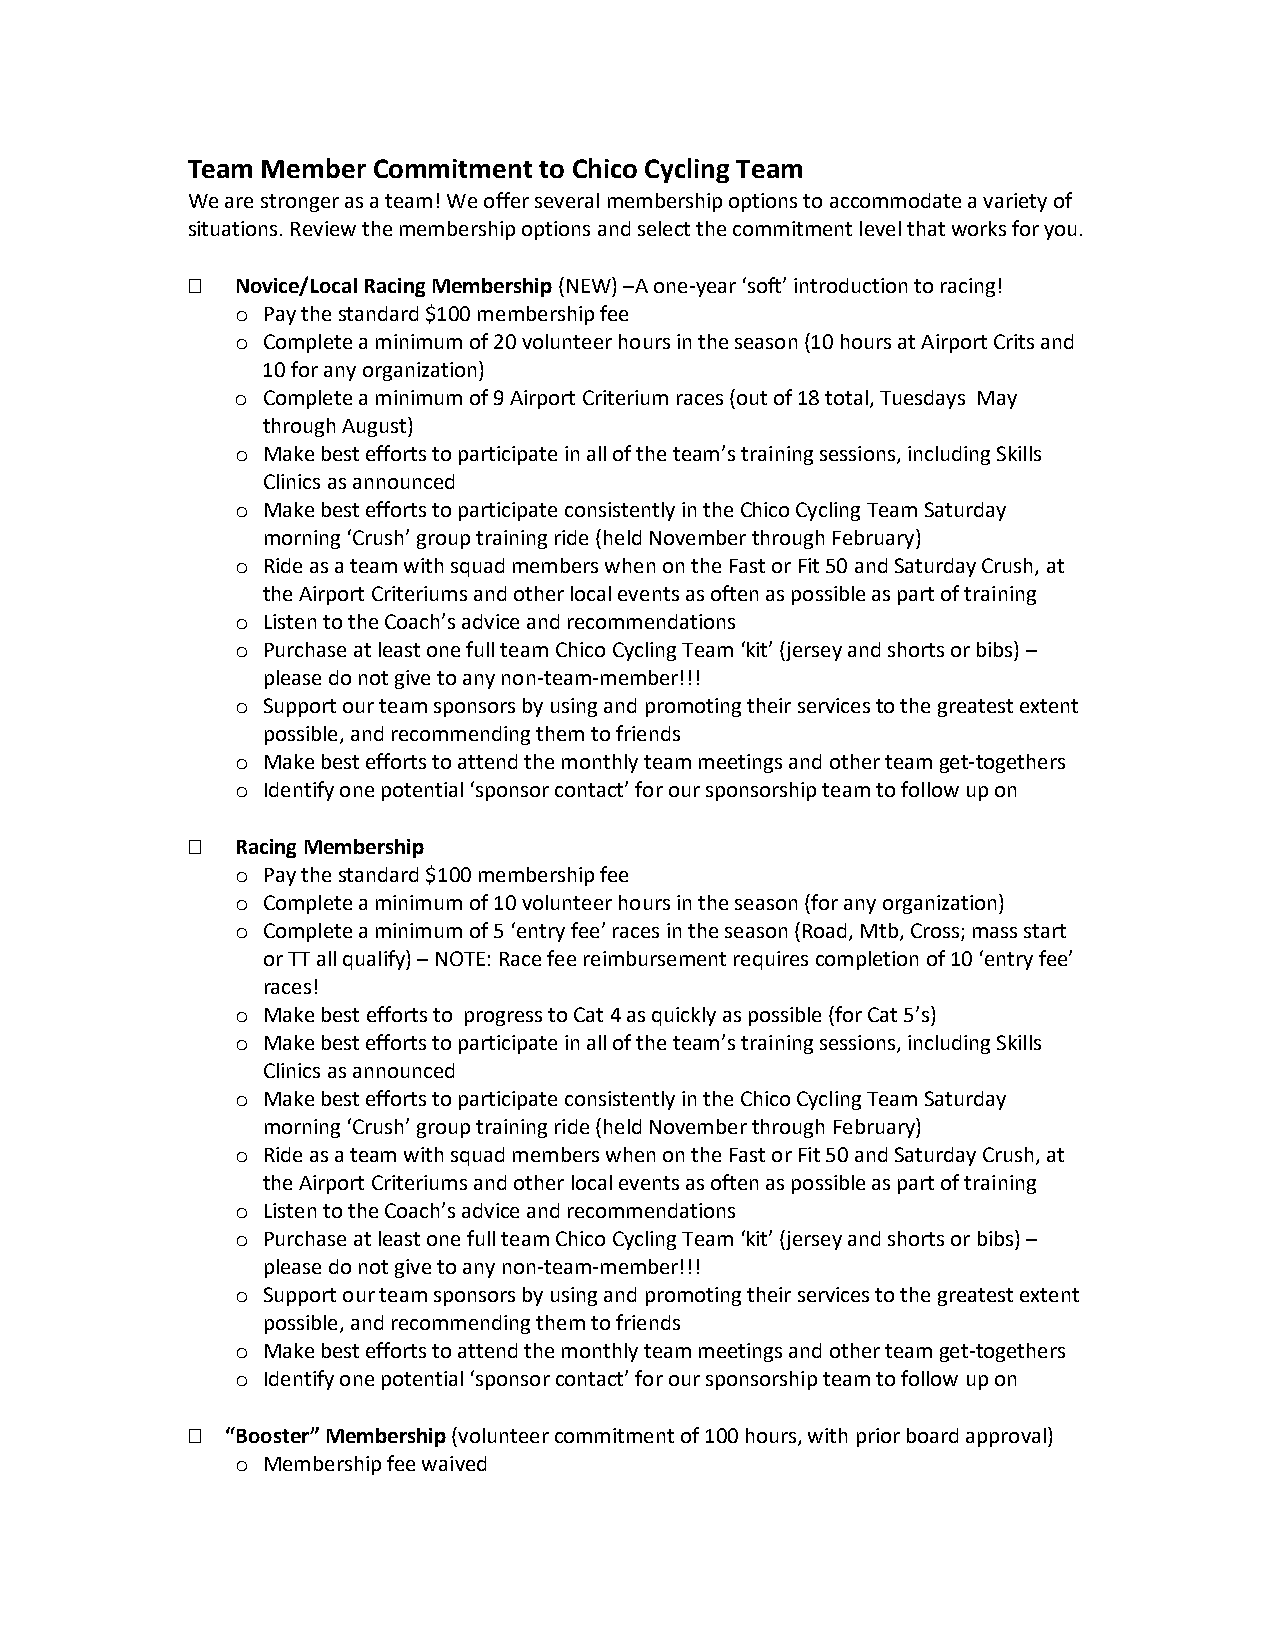
Team Member  Commitment to Chico Cycling Team
 We are stronger as a team! We offer several membership options to accommodate a variety of
 situations. Review the membership options and select the commitment level that works for you.
    Novice/Local Racing Membership (NEW) –A one-year ‘soft’ introduction to racing!
 Pay the standard $100 membership fee
 o
 Complete a minimum of 20 volunteer hours in the season (10 hours at Airport Crits and
 o
 10 for any organization)
 Complete a minimum of 9 Airport Criterium races (out of 18 total, Tuesdays May
 o
 through August)
 Make best efforts to participate in all of the team’s training sessions, including Skills
 o
 Clinics as announced
 Make best efforts to participate consistently in the Chico Cycling Team Saturday
 o
 morning ‘Crush’ group training ride (held November through February)
 Ride as a team with squad members when on the Fast or Fit 50 and Saturday Crush, at
 o
 the Airport Criteriums and other local events as often as possible as part of training
 Listen to the Coach’s advice and recommendations
 o
 Purchase at least one full team Chico Cycling Team ‘kit’ (jersey and shorts or bibs) –
 o
 please do not give to any non-team-member!!!
 Support our team sponsors by using and promoting their services to the greatest extent
 o
 possible, and recommending them to friends
 Make best efforts to attend the monthly team meetings and other team get-togethers
 o
 Identify one potential ‘sponsor contact’ for our sponsorship team to follow up on
 o
    Racing Membership
 Pay the standard $100 membership fee
 o
 Complete a minimum of 10 volunteer hours in the season (for any organization)
 o
 Complete a minimum of 5 ‘entry fee’ races in the season (Road, Mtb, Cross; mass start
 o
 or TT all qualify) – NOTE: Race fee reimbursement requires completion of 10 ‘entry fee’
 races!
 Make best efforts to progress to Cat 4 as quickly as possible (for Cat 5’s)
 o
 Make best efforts to participate in all of the team’s training sessions, including Skills
 o
 Clinics as announced
 Make best efforts to participate consistently in the Chico Cycling Team Saturday
 o
 morning ‘Crush’ group training ride (held November through February)
 Ride as a team with squad members when on the Fast or Fit 50 and Saturday Crush, at
 o
 the Airport Criteriums and other local events as often as possible as part of training
 Listen to the Coach’s advice and recommendations
 o
 Purchase at least one full team Chico Cycling Team ‘kit’ (jersey and shorts or bibs) –
 o
 please do not give to any non-team-member!!!
 Support our team sponsors by using and promoting their services to the greatest extent
 o
 possible, and recommending them to friends
 Make best efforts to attend the monthly team meetings and other team get-togethers
 o
 Identify one potential ‘sponsor contact’ for our sponsorship team to follow up on
 o
   “Booster” Membership (volunteer commitment of 100 hours, with prior board approval)
 Membership fee waived
 o